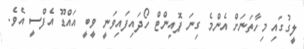
ލީގުގައި މިހާތަނަށް އެންމެ ގިނަ ޕޮއިންޓް ހޯދައިފައިވަނީ ވީބީ އައްޑޫ އެފްސީ އެވެ.